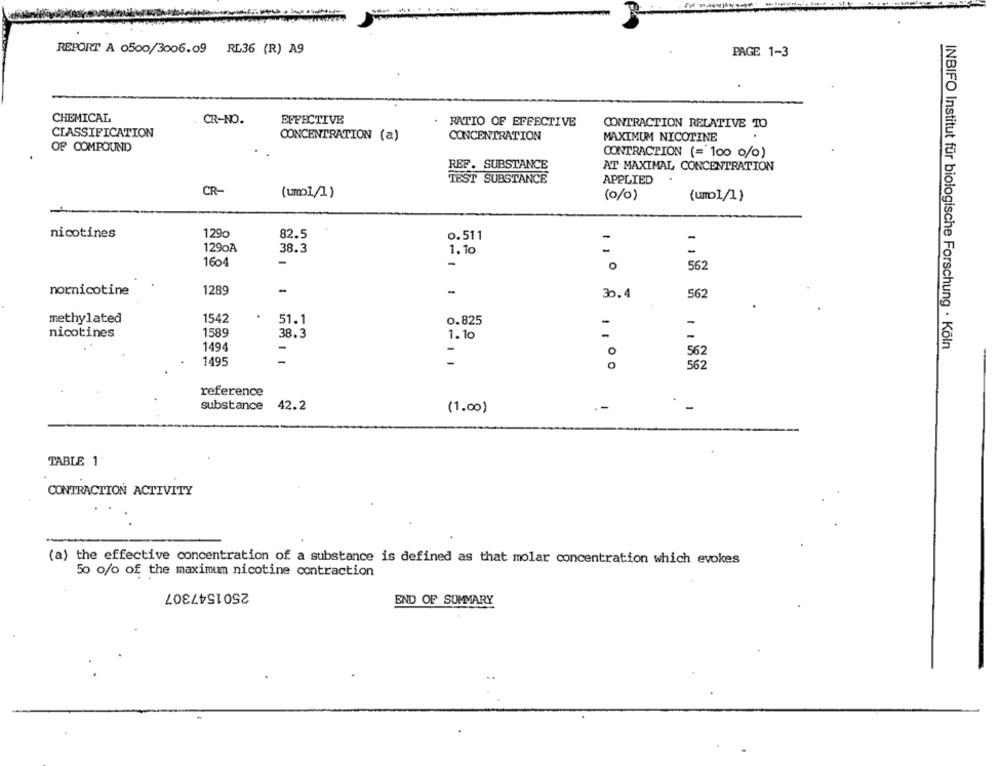
REPORT A 0500/3006.09 RL36 (R) A9
PAGE 1-3
CHEMICAL
CR-NO.
EFFECTIVE
RATIO OF EFFECTIVE
CONTRACTION RELATIVE TO
CLASSIFICATION
CONCENTRATION (a)
CONCENTRATION
MAXIMUM NICOTINE
OF COMPOUND
CONTRACTION (= 100 0/0)
REF. SUBSTANCE
AT MAXIMAL CONCENTRATION
TEST SUBSTANCE
APPLIED
CR-
(ump1/1)
(0/0)
(umol/1)
nicotines
1290
82.5
0.511
1290A
38.3
1.10
-
1604
-
-
0
562
nornicotine
1289
-
-
30.4
562
methylated
1542
51.1
0.825
-
nicotines
1589
38.3
1.10
-
INBIFO Institut für biologische Forschung · Köln
1494
-
562
-
-
1495
562
reference
substance
42.2
.-
(1.00)
TABLE 1:
CONTRACTION ACTIVITY
(a) the effective concentration of a substance is defined as that molar concentration which evokes
50 o/o of the maximum nicotine contraction
2501547307
END OF SUMMARY